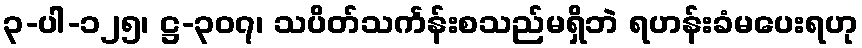
၃-ပါ-၁၂၅၊ ဋ္ဌ-၃၀၇၊ သပိတ်သင်္ကန်းစသည်မရှိဘဲ ရဟန်းခံမပေးရဟု